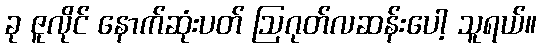
ခု ဇူလိုင် နောက်ဆုံးပတ် ဩဂုတ်လဆန်းပေါ့ သူရယ်။